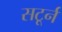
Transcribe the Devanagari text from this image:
सटूर्न